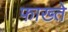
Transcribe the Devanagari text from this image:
फाख्ते